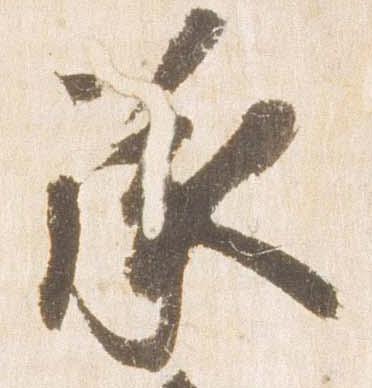
承